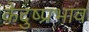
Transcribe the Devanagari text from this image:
केदुष्प्रभाव